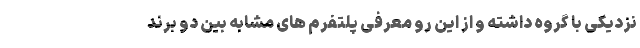
نزدیکی با گروه داشته و از این رو معرفی پلتفرم های مشابه بین دو برند